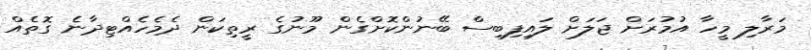
މަރާލި މީހާ އުމުރަށް ޖަލަށް ލައިފިބިސް ބޭނުންކޮށްގެން މޫނުގެ ރީތިކަން ދެމެހެއްޓިދާނެ ގޮތެއް